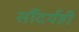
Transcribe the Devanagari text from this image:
सौंदर्यही